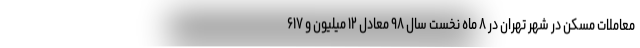
معاملات مسکن در شهر تهران در ۸ ماه نخست سال ۹۸ معادل ۱۲ میلیون و ۶۱۷